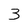
Character: 3